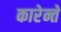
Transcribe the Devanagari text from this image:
कारेन्ते